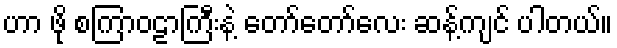
ဟာ ဖို စကြာဝဠာကြီးနဲ့ တော်တော်လေး ဆန့်ကျင် ပါတယ်။